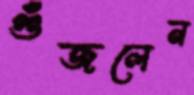
গুঁজলেন